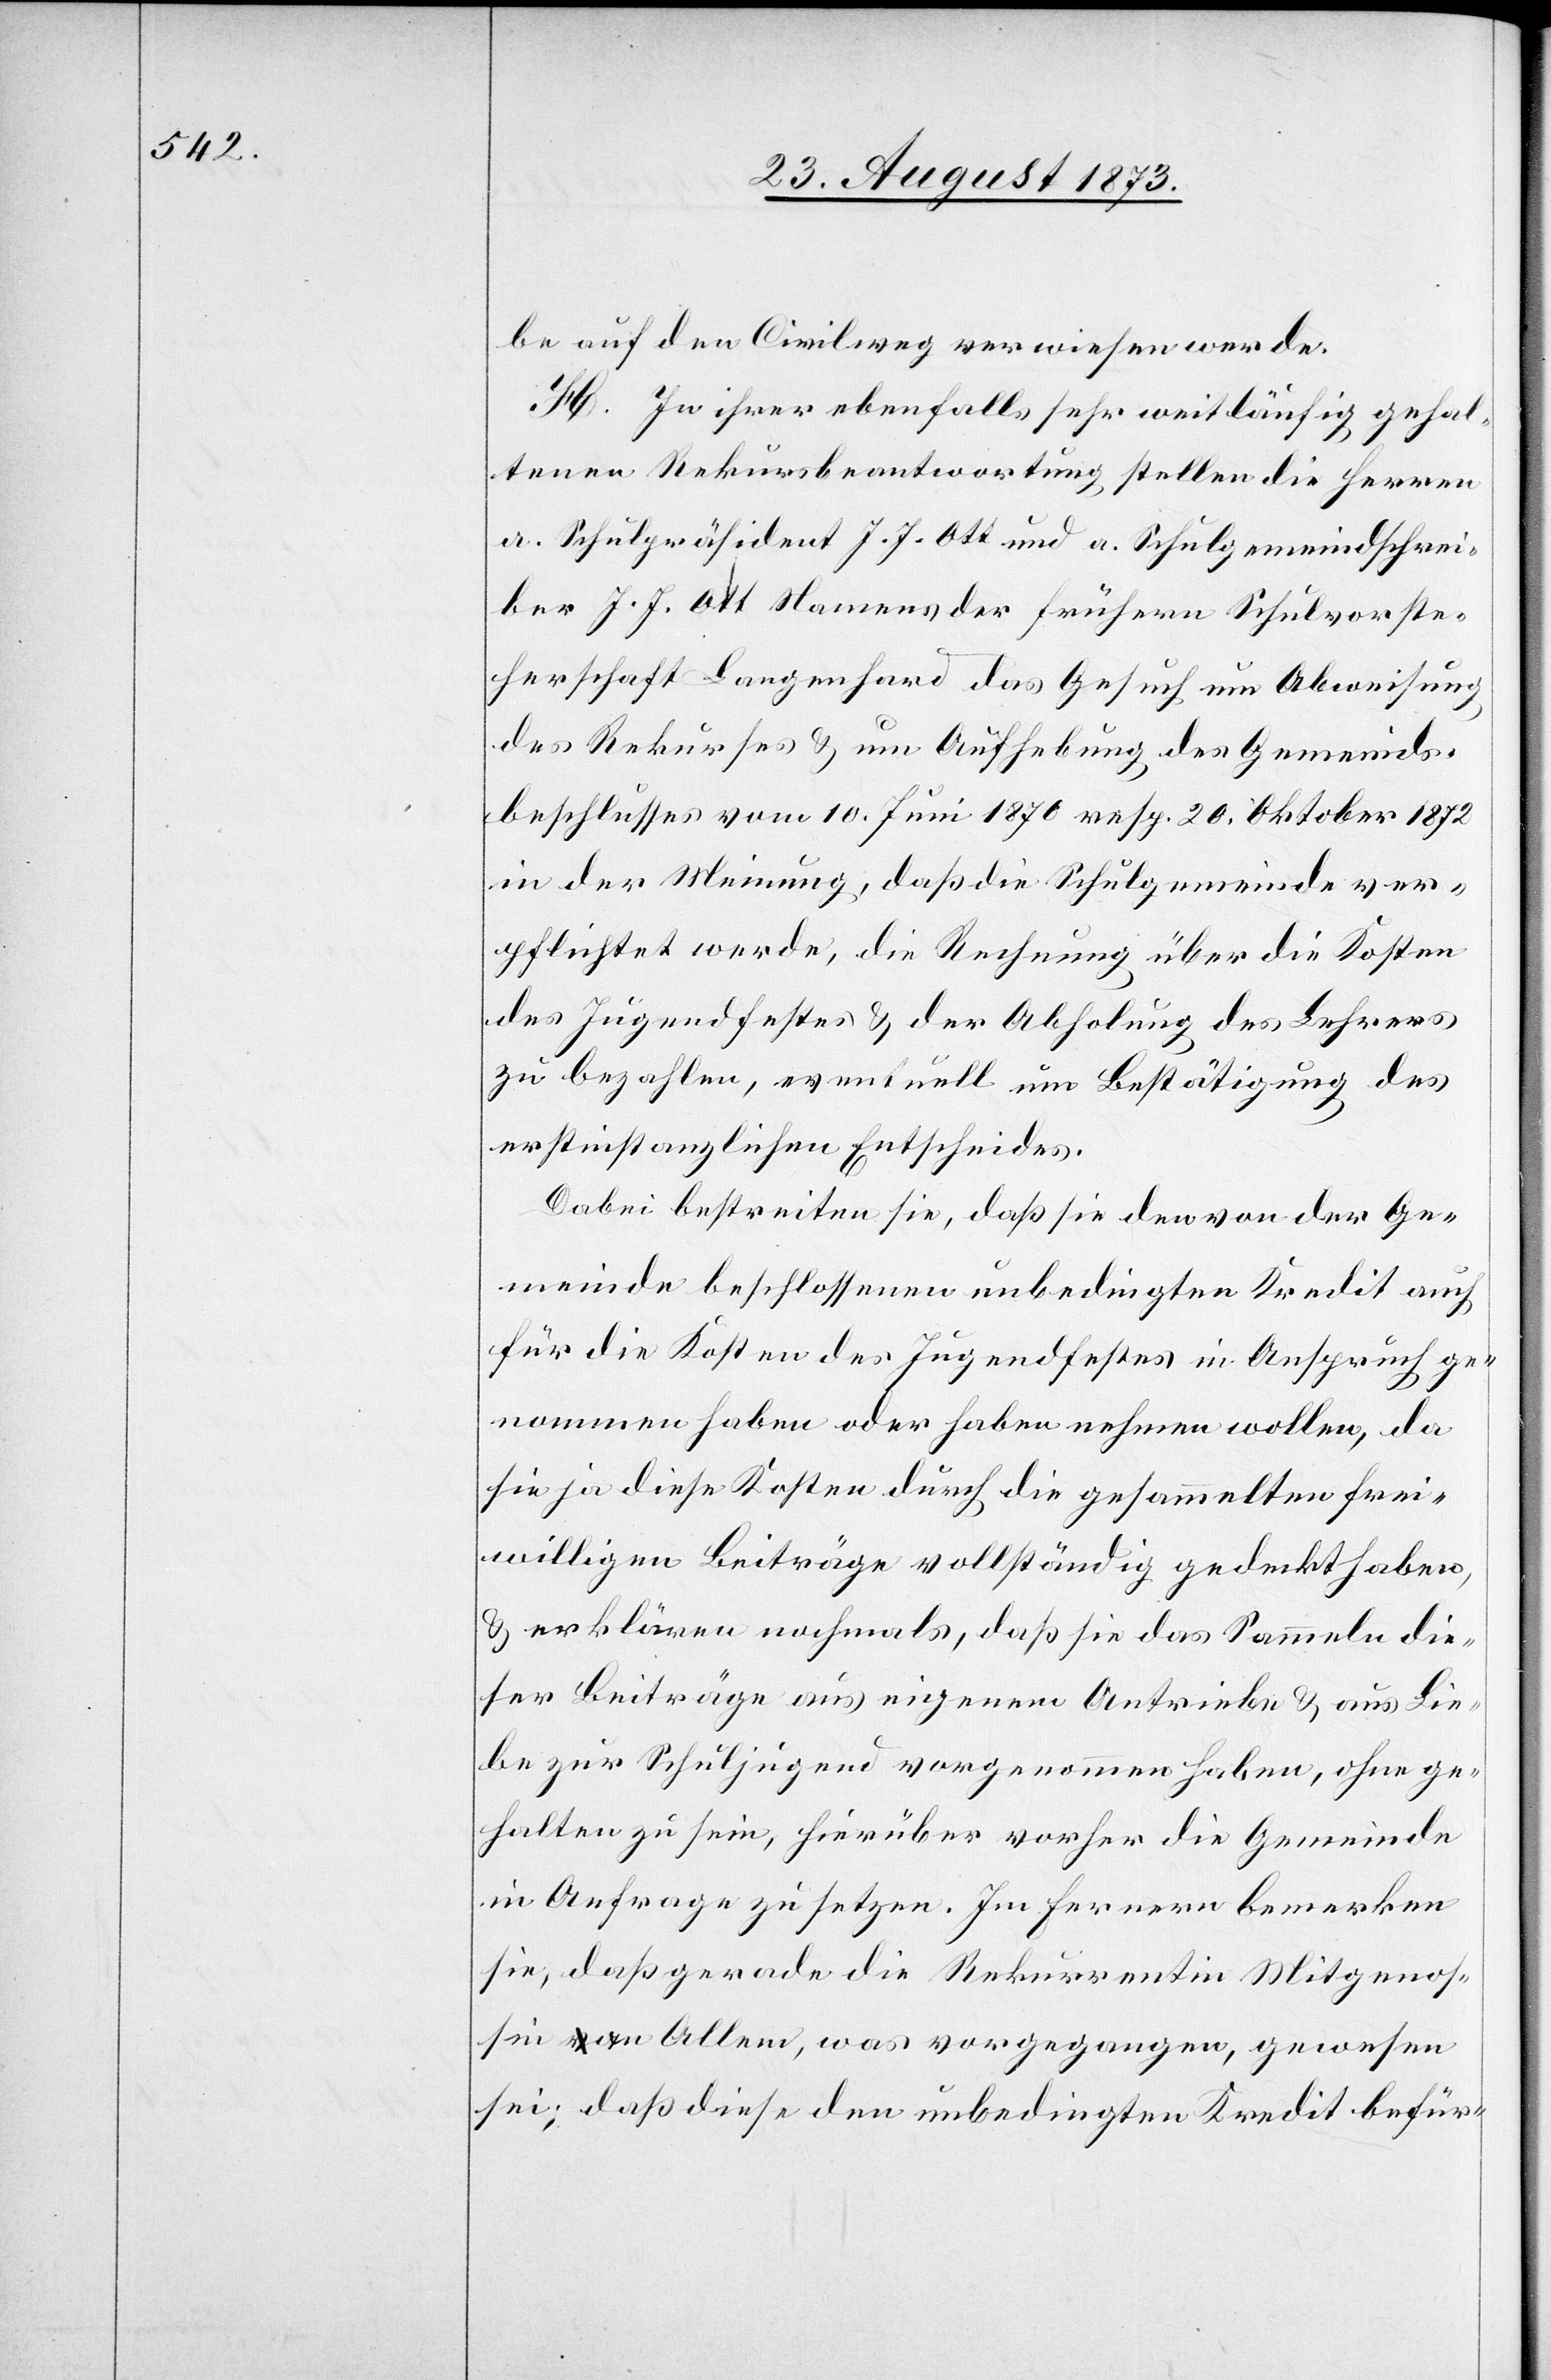
be auf den Civilweg verwiesen werde.
H. In ihrer ebenfalls sehr weitläufig gehal¬
tenen Rekursbeantwortung stellen die Herren
a. Schulpräsident J. J. Ott und a. Schulgemeindschrei¬
ber J. J. Ott Namens der frühern Schulvorste¬
herschaft Langenhard das Gesuch um Abweisung
des Rekurses & um Aufhebung des Gemeinds¬
beschlusses vom 10. Juni 1870 resp. 20. Oktober 1872
in der Meinung, daß die Schulgemeinde ver¬
pflichtet werde, die Rechnung über die Kosten
des Jugendfestes & der Abholung des Lehrers
zu bezahlen, eventuell um Bestätigung des
erstinstanzlichen Entscheides.
Dabei bestreiten sie, daß sie den von der Ge¬
meinde beschlossenen unbedingten Kredit auch
für die Kosten des Jugendfestes in Anspruch ge¬
nommen haben oder haben nehmen wollen, da
sie ja diese Kosten durch die gesammelten frei¬
willigen Beiträge vollständig gedeckt haben,
& erklären nochmals, daß sie das Sammeln die¬
ser Beiträge aus eigenem Antriebe & aus Lie¬
be zur Schuljugend vorgenommen haben, ohne ge¬
halten zu sein, hierüber vorher die Gemeinde
in Anfrage zu setzen. Im Fernern bemerken
sie, daß gerade die Rekurrentin Mitgenos¬
sin an Allem, was vorgegangen, gewesen
sei; daß diese den unbedingten Kredit befür-